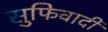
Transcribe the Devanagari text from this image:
सुफिवादी